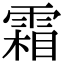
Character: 霜